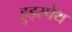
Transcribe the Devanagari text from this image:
हुड्स्पेथ